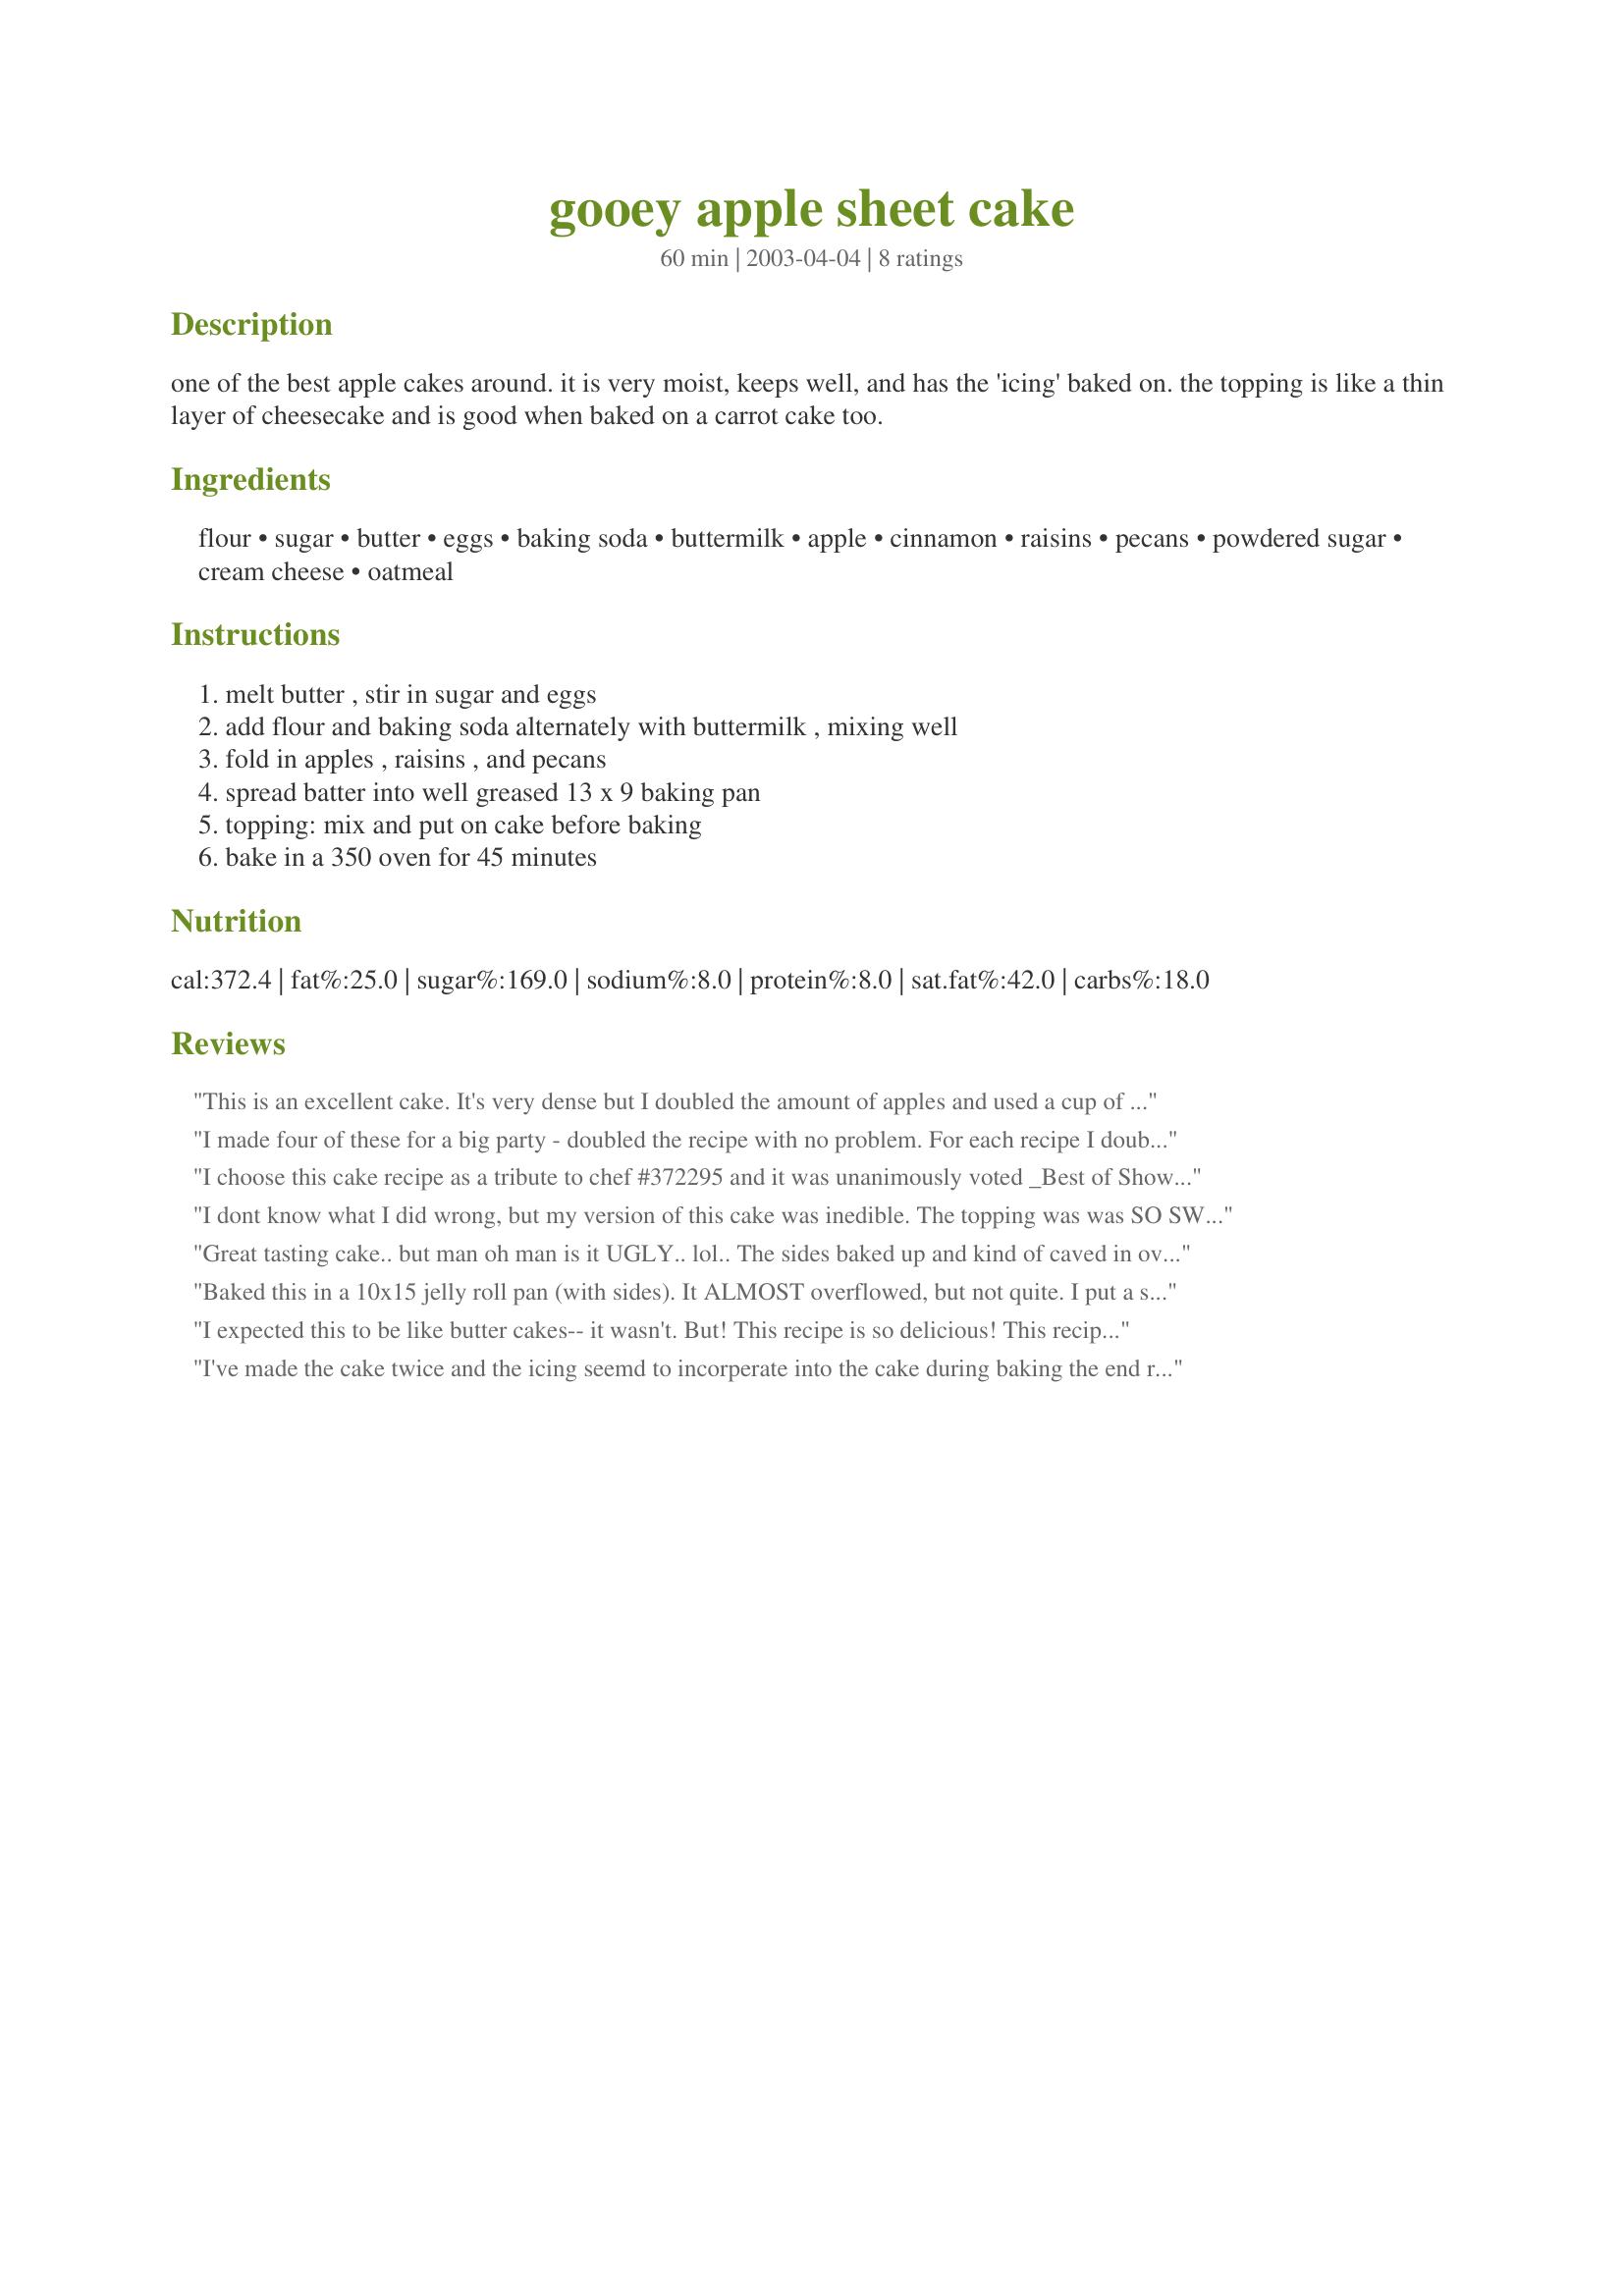
gooey apple sheet cake
Preparation time: 60 minutes

one of the best apple cakes around. it is very moist, keeps well, and has the 'icing' baked on. the topping is like a thin layer of cheesecake and is good when baked on a carrot cake too.

Ingredients:
flour, sugar, butter, eggs, baking soda, buttermilk, apple, cinnamon, raisins, pecans, powdered sugar, cream cheese, oatmeal

Steps:
melt butter , stir in sugar and eggs, add flour and baking soda alternately with buttermilk , mixing well, fold in apples , raisins , and pecans, spread batter into well greased 13 x 9 baking pan, topping: mix and put on cake before baking, bake in a 350 oven for 45 minutes

Reviews:
This is an excellent cake. It's very dense but I doubled the amount of apples and used a cup of raisins. Next time I'll double the amount of the topping too. I wasn't able to spread it over the cake without it getting incorporated into the cake itself (like another reviewer stated)- i just tried to pour it as evenly as I could. The result was terrific and it was even better the next day!
I made four of these for a big party - doubled the recipe with no problem. For each recipe I doubled the apples, left out the raisens, made it in a sheet cake pan and everyone went crazy for it! I will make this again and again!
I choose this cake recipe as a tribute to chef #372295 and it was unanimously voted _Best of Show_ at a recent get together with some sugar-hound friends. After reading the previous reviews, I tweaked the recipe a little: omitted the raisins and increased the apples to a _generous_ 2 cups using a combo of shredded Granny Smiths and Braeburns. I also used a touch more cinnamon and added 1/2 tsp of ground ginger and 1 tsp vanilla extract. The cake came together quickly after I got the apples all grated. For the topping, I used an electric mixer to thoroughly mix the room temp cream cheese and sugar then I beat in the eggs and stirred in the oatmeal. It poured smoothly atop the cake without any problem. I made sure to seal the edges (similar to a meringue) and the cake did not bubble up along the sides. Baking time was shorter than called for - about 30-35 minutes. It was hard to judge doneness so I watched until it started pulling away from the edges of the pan. I thought the whole thing was an unqualified success! This made a huge, moist cake that tasted sinful! Thanks for sharing your recipe!
I dont know what I did wrong, but my version of this cake was inedible. The topping was was SO SWEET that it made me shudder. Thank goodness I tried it before taking the cake to work! I checked and double-checked the recipe and followed it exactly. I'm baffled, given the other rave reviews...I will say the cake part was good.
Great tasting cake.. but man oh man is it UGLY.. lol.. The sides baked up and kind of caved in over the topping. It reminds me of the earthquake cake. It doesn't look nice.. but it sure tasted good! It was moist and VERY rich. It's a 'keeper'.
Baked this in a 10x15 jelly roll pan (with sides). It ALMOST overflowed, but not quite. I put a separate sheet pan on the lower oven rack, just in case. That all being said, this is the best apple cake recipe I have ever used. I had given up making them, since I was always disappointed-not usually yucky, just not great. This was great! I did as one reviewer suggested and made sure to spread the topping to the edge of the pan. No ugliness on this cake. Made it one afternoon for dinner dessert-came looking for a piece the next morning, and there was only an empty pan with water soaking in it. What better testament to a great cake?
I expected this to be like butter cakes-- it wasn't. But! This recipe is so delicious! This recipe received many compliments. There was nice carmelization and wonderful flavors. I followed other reviewers suggestions and doubled the apples, but I left out the raisins because I didn't have any on hand.
I've made the cake twice and the icing seemd to incorperate into the cake during baking the end result is GREAT but I can't help feel like I'm doing something wrong.
